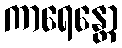
ကာရေန္တော